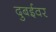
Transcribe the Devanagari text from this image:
दुबईवर